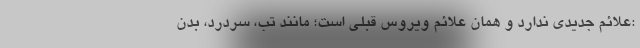
:علائم جدیدی ندارد و همان علائم ویروس قبلی است؛ مانند تب، سردرد، بدن